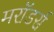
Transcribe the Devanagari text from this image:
मरॉडर्स